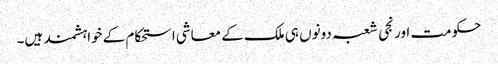
حکومت اور نجی شعبہ دونوں ہی ملک کے معاشی استحکام کے خواہشمند ہیں۔